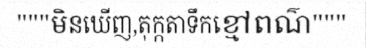
"""មិនឃើញ,តុក្កតាទឹកខ្មៅពណ៌"""